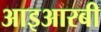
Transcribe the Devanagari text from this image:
आइआरबी